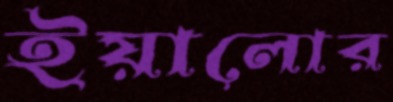
ইয়ালোর